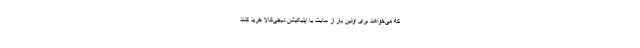
که می‌خواهند برای اولین بار از سایت یا اپلیکیشن دیجی‌کالا خرید کنند